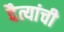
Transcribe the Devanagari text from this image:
दैत्यांची